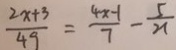
\frac { 2 x + 3 } { 4 9 } = \frac { 4 x - 1 } { 7 } - \frac { 5 } { 2 1 }